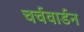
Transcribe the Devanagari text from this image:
चर्चवार्डन